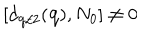
LaTeX: [ d _ { { \bf { q } } / 2 } ( { \bf { q } } ) , N _ { 0 } ] \neq 0